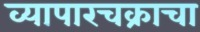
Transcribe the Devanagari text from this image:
व्यापारचक्राचा